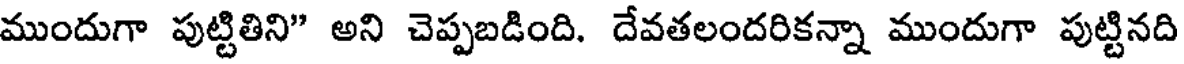
ముందుగా పుట్టితిని" అని చెప్పబడింది. దేవతలందరికన్నా ముందుగా పుట్టినది